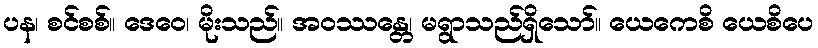
ပန၊ စင်စစ်။ ဒေဝေ၊ မိုးသည်။ အဝဿန္တေ၊ မရွာသည်ရှိသော်။ ယေကေစိ ယေစိပေ